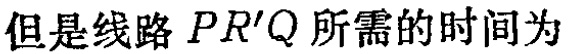
但是线路 \(PR'Q\) 所需的时间为